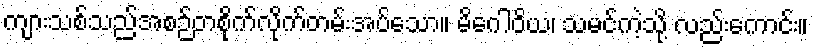
ကျားသစ်သည်အစဉ်တစိုက်လိုက်တမ်းအပ်သော။ မိဂေါဝိယ၊ သမင်ကဲ့သို့ လည်းကောင်း။